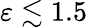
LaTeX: \varepsilon\lesssim 1.5